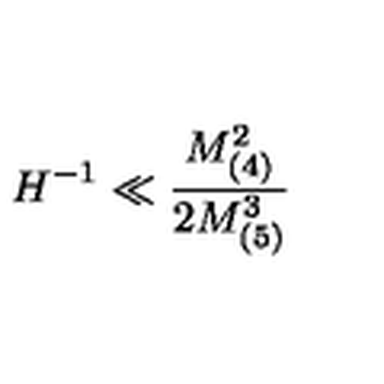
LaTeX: H ^ { - 1 } \ll \frac { M _ { ( 4 ) } ^ { 2 } } { 2 M _ { ( 5 ) } ^ { 3 } }